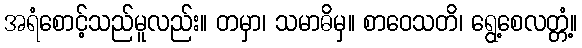
အရံစောင့်သည်မူလည်း။ တမှာ၊ သမာဓိမှ။ စာဝေသတိ၊ ရွေ့စေလတ္တံ့။